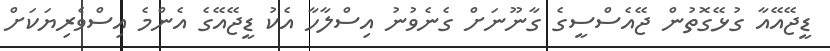
ޑީޖޭއޭއާ ގުޅޭގޮތުން ޖޭއެސްސީގެ ގާނޫނަށް ގެނެވުނު އިސްލާހާ އެކު ޑީޖޭއޭގެ އެންމެ އިސްވެރިޔަކަށް